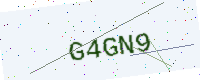
Text: G4GN9